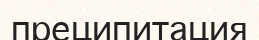
преципитация